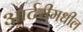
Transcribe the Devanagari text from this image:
आर्टरीमधील